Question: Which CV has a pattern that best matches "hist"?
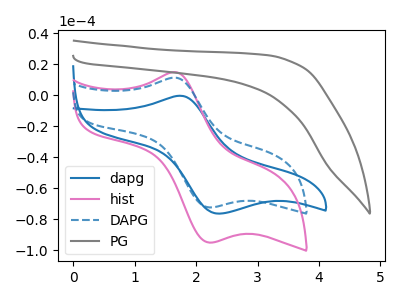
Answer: <think>The blue curve "dapg" has an anodic peak at (1.75V, -0.30uA) and a cathodic peak at (2.40V, -76.30uA). The pink curve "hist" has an anodic peak at (1.65V, 14.95uA) and a cathodic peak at (2.20V, -95.00uA). The blue dashed curve "DAPG" has an anodic peak at (1.65V, 11.40uA) and a cathodic peak at (2.20V, -72.30uA). The gray curve "PG" has no peaks.
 "dapg" and "hist" have at least one peak that do not match. "dapg" and "DAPG" have at least one peak that do not match. "dapg" and "PG" have a different number of peaks. All the peaks in "hist" have a peak in "DAPG" at the same potential. Every peak in "hist" is higher than every peak in "DAPG". "hist" and "PG" have a different number of peaks. "DAPG" and "PG" have a different number of peaks.</think>
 <answer>The CV with the most similar shape to "DAPG" is "hist".</answer>
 <eval>"hist"</eval>